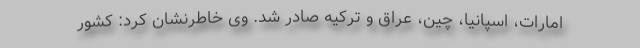
امارات، اسپانیا، چین، عراق و ترکیه صادر شد. وی خاطرنشان کرد: کشور